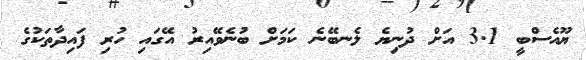
ޔޫއެސްބީ 3.1 އަށް ދުނިޔެ ލެނބޭނެ ކަމަށް ބުނެވޭއިރު އޭގައި ހުރި ފައިދާތަކުގެ